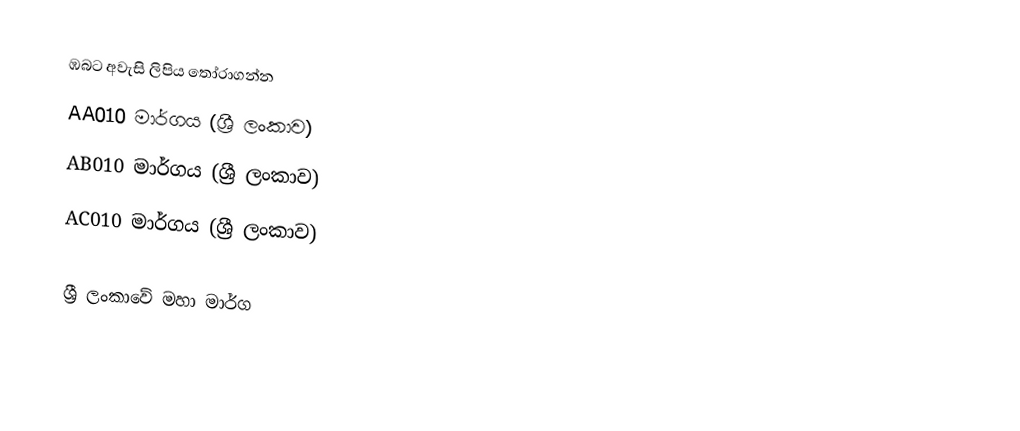
ඹබට අවැසි ලිපිය තෝරාගන්න
 AA010 මාර්ගය (ශ්‍රී ලංකාව)
 AB010 මාර්ගය (ශ්‍රී ලංකාව)
 AC010 මාර්ගය (ශ්‍රී ලංකාව)

ශ්‍රී ලංකාවේ මහා මාර්ග